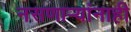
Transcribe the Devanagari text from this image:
नसणार्‍यांनाही